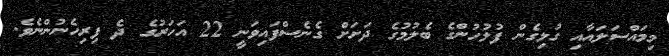
މިމައްސަލައާއި ގުޅިގެން ފުލުހުންގެ ބެލުމުގެ ދަށަށް ގެނެސްފައިވަނީ 22 އަހަރުގެ ދެ ފިރިހެނުންނެވެ.